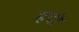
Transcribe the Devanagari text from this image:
हदो